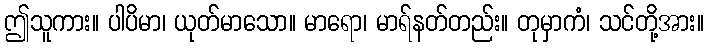
ဤသူကား။ ပါပိမာ၊ ယုတ်မာသော။ မာရော၊ မာရ်နတ်တည်း။ တုမှာကံ၊ သင်တို့အား။